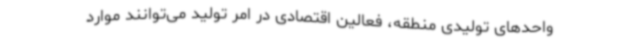
واحدهای تولیدی منطقه، فعالین اقتصادی در امر تولید می‌توانند موارد